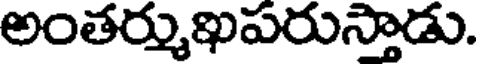
అంతర్ముఖపరుస్తాడు.